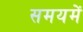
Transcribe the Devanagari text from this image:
समयमें